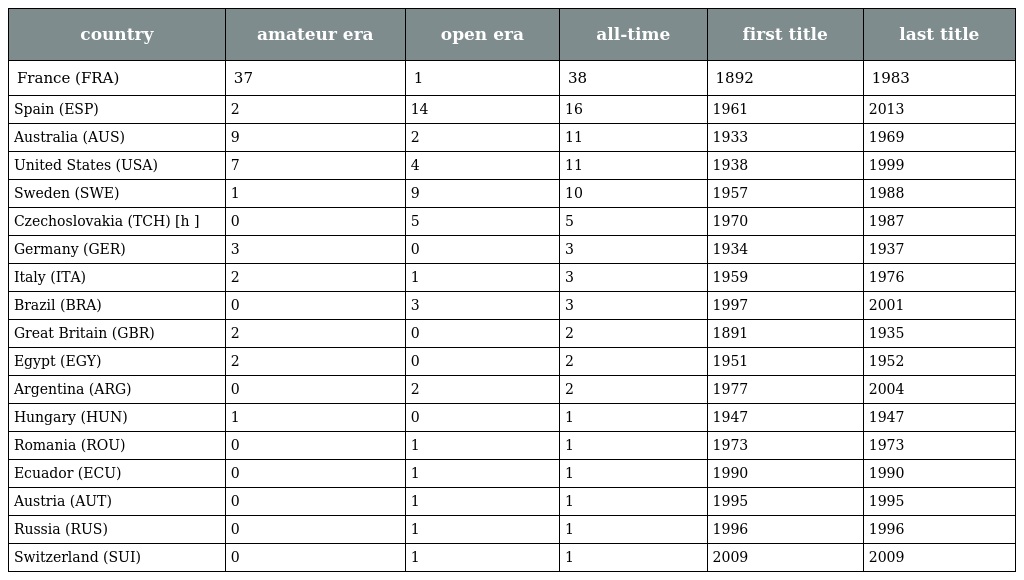
| country | amateur era | open era | all-time | first title | last title |
 | --- | --- | --- | --- | --- | --- |
 | France (FRA) | 37 | 1 | 38 | 1892 | 1983 |
 | Spain (ESP) | 2 | 14 | 16 | 1961 | 2013 |
 | Australia (AUS) | 9 | 2 | 11 | 1933 | 1969 |
 | United States (USA) | 7 | 4 | 11 | 1938 | 1999 |
 | Sweden (SWE) | 1 | 9 | 10 | 1957 | 1988 |
 | Czechoslovakia (TCH) [h ] | 0 | 5 | 5 | 1970 | 1987 |
 | Germany (GER) | 3 | 0 | 3 | 1934 | 1937 |
 | Italy (ITA) | 2 | 1 | 3 | 1959 | 1976 |
 | Brazil (BRA) | 0 | 3 | 3 | 1997 | 2001 |
 | Great Britain (GBR) | 2 | 0 | 2 | 1891 | 1935 |
 | Egypt (EGY) | 2 | 0 | 2 | 1951 | 1952 |
 | Argentina (ARG) | 0 | 2 | 2 | 1977 | 2004 |
 | Hungary (HUN) | 1 | 0 | 1 | 1947 | 1947 |
 | Romania (ROU) | 0 | 1 | 1 | 1973 | 1973 |
 | Ecuador (ECU) | 0 | 1 | 1 | 1990 | 1990 |
 | Austria (AUT) | 0 | 1 | 1 | 1995 | 1995 |
 | Russia (RUS) | 0 | 1 | 1 | 1996 | 1996 |
 | Switzerland (SUI) | 0 | 1 | 1 | 2009 | 2009 |